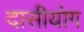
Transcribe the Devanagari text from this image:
दासीयोग